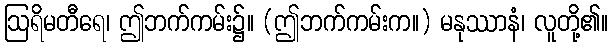
ဩရိမတီရေ၊ ဤဘက်ကမ်း၌။ (ဤဘက်ကမ်းက။) မနုဿာနံ၊ လူတို့၏။